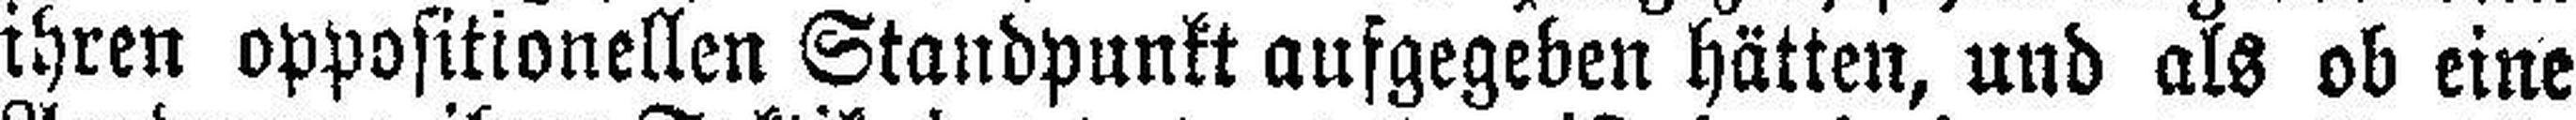
ihren oppositionellen Standpunkt aufgegeben hätten, und als ob eine